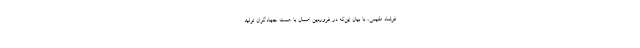
فرشاد مقیمی، با بیان این‌که در فروردین امسال با همت جهادگران تولید